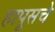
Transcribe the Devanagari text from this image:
हापूसचे